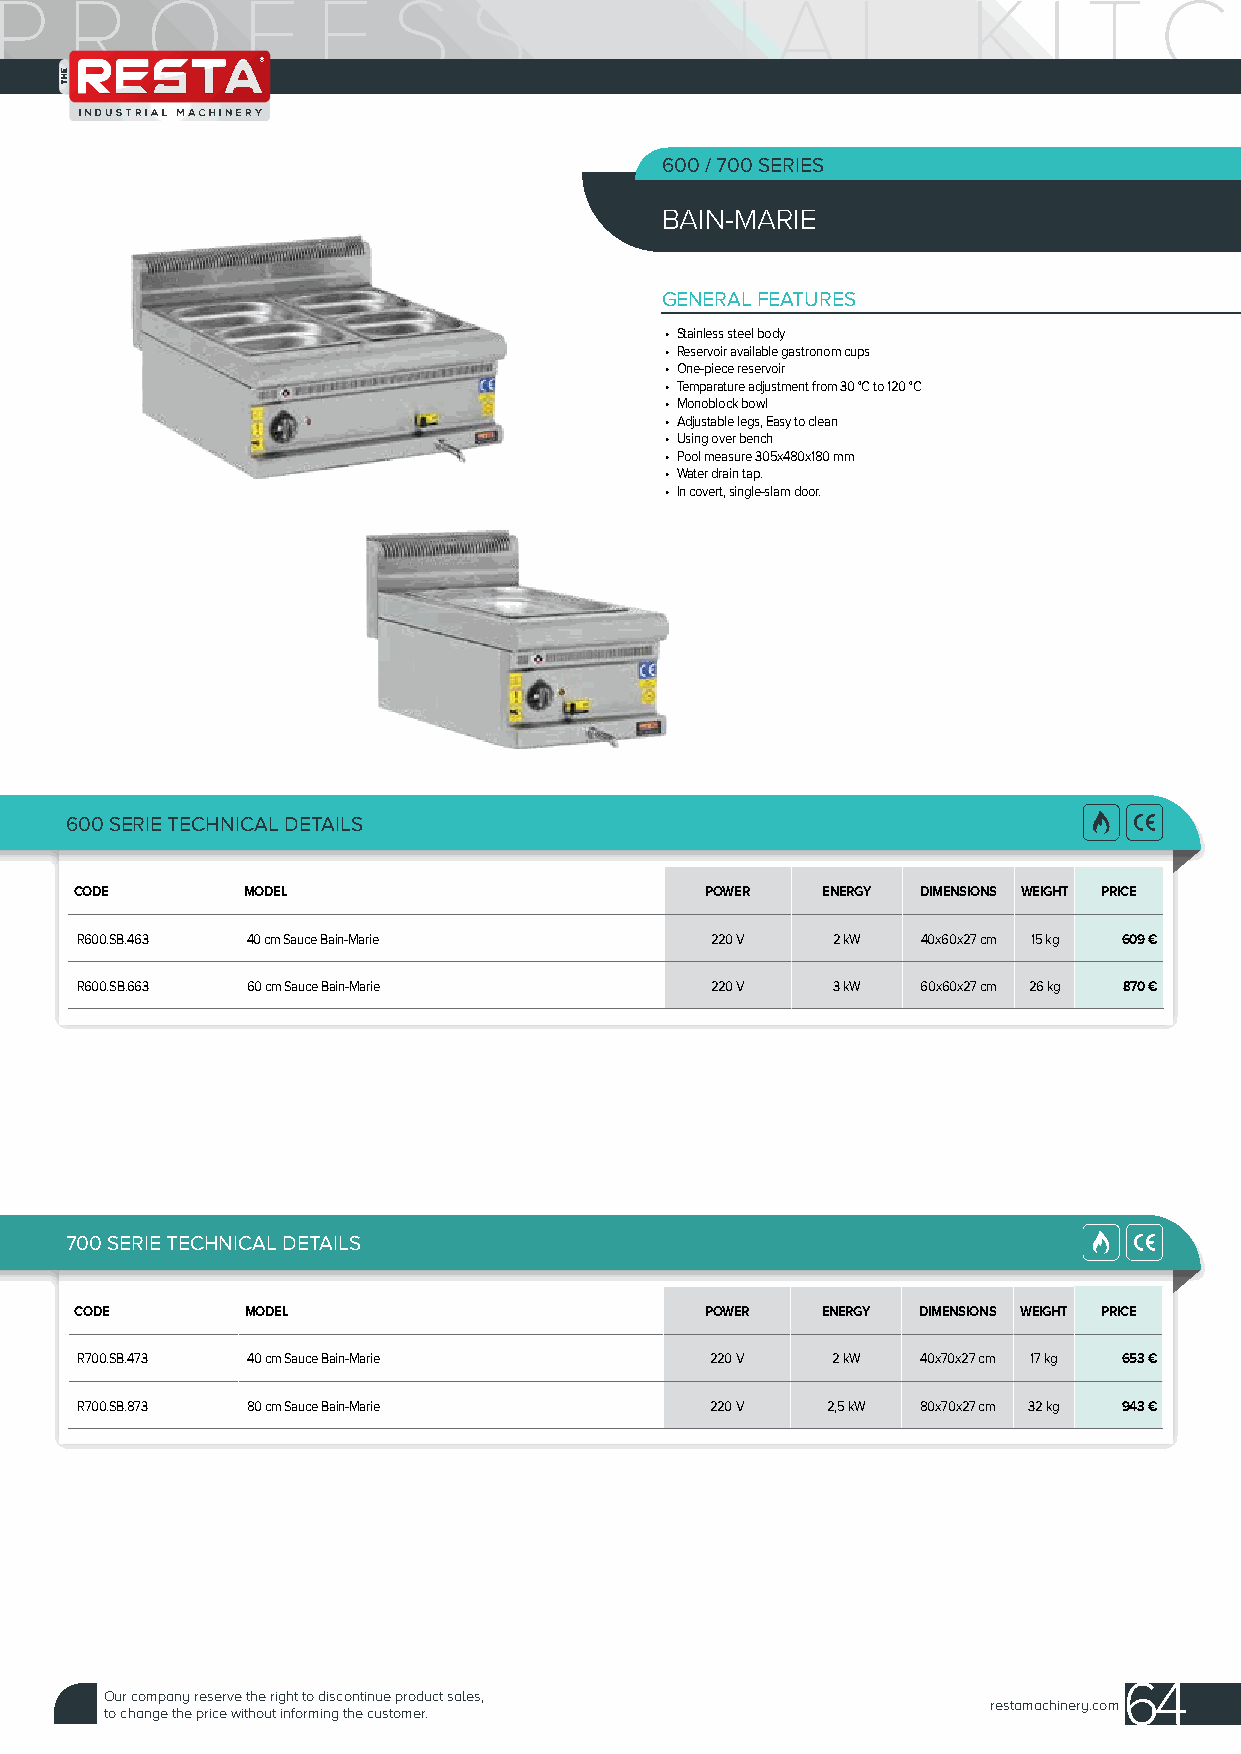
600 / 700 SERIES
 BAIN-MARIE
 GENERAL FEATURES
 • Stainless steel body
 • Reservoir available gastronom cups
 • One-piece reservoir
 • Temparature adjustment from 30 °C to 120 °C
 • Monoblock bowl
 • Adjustable legs, Easy to clean
 • Using over bench
 • Pool measure 305x480x180 mm
 • Water drain tap.
 • In covert, single-slam door.
 600 SERIE TECHNICAL DETAILS
 CODE       MODEL                          POWER  ENERGY DIMENSIONS WEIGHT PRICE
 R600.SB.463 40 cm Sauce Bain-Marie        220 V   2 kW  40x60x27 cm 15 kg 609 €
 R600.SB.663 60 cm Sauce Bain-Marie        220 V   3 kW  60x60x27 cm 26 kg 870 €
 700 SERIE TECHNICAL DETAILS
 CODE       MODEL                          POWER  ENERGY DIMENSIONS WEIGHT PRICE
 R700.SB.473 40 cm Sauce Bain-Marie        220 V   2 kW  40x70x27 cm 17 kg 653 €
 R700.SB.873 80 cm Sauce Bain-Marie        220 V   2,5 kW 80x70x27 cm 32 kg 943 €
 64
 Our company reserve the right to discontinue product sales,
 restamachinery.com
 to change the price without informing the customer.